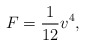
\begin{align*}F=\frac1{12} v^4,\end{align*}